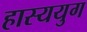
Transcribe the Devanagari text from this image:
हास्ययुग